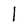
Character: 1